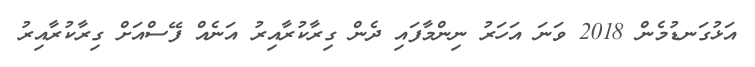
އަޅުގަނޑުމެން 2018 ވަނަ އަހަރު ނިންމާފައި ދެން ގިރާކުރާއިރު އަނެއް ފޭސްއަށް ގިރާކުރާއިރު